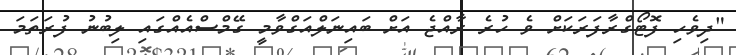
"ދިވެހި ފޮޓޯގްރާފަރަކަށް ވެ ހުރެ ރާއްޖެ އަށް ބައިނަލްއަގްވާމީ ގޭމްސްއެއްގައި ލިބުނު ފުރަތަމަ